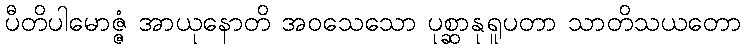
ပီတိပါမောဇ္ဇံ အာယုနောတိ အဝသေသော ပုစ္ဆာနုရူပတာ သာတိသယတော